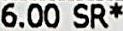
6.00 SR*